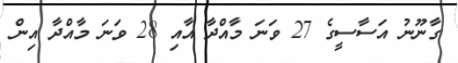
ގާނޫނު އަސާސީގެ 27 ވަނަ މާއްދާ އާއި 28 ވަނަ މާއްދާ އިން